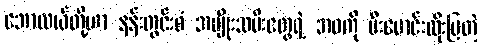
ဘောလယ်တို့ဟာ နန်းတွင်းစံ အမျိုးသမီးတွေရဲ့ ဘဝကို မီးမောင်းထိုးပြတဲ့